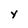
Character: Y